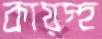
কায়স্হ